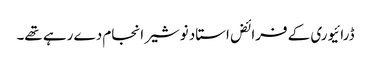
ڈرائیوری کے فرائض استاد نوشیر انجام دے رہے تھے۔